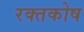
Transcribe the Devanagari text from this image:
रक्तकोष